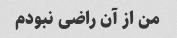
من از آن راضی نبودم